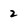
Character: 2